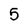
Character: 5